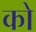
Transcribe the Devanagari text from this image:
को